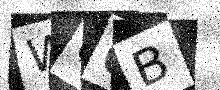
Text: WU6B